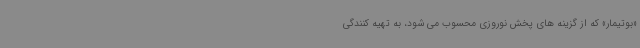
«بوتیمار» که از گزینه های پخش نوروزی محسوب می شود، به تهیه کنندگی